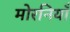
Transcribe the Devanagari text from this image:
मोरनियाँ